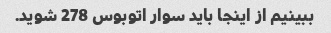
ببینیم از اینجا باید سوار اتوبوس 278 شوید.